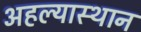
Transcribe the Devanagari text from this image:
अहल्यास्थान